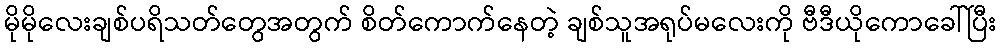
မိုမိုလေးချစ်ပရိသတ်တွေအတွက် စိတ်ကောက်နေတဲ့ ချစ်သူအရုပ်မလေးကို ဗီဒီယိုကောခေါ်ပြီး